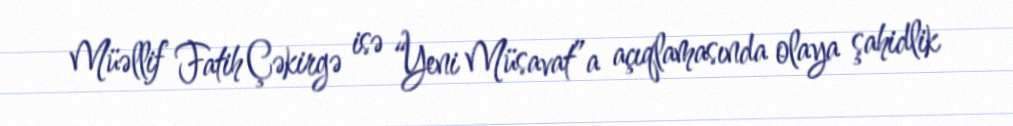
Müəllif Fatih Çəkirgə isə “Yeni Müsavat”a açıqlamasında olaya şahidlik